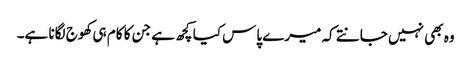
وہ بھی نہیں جانتے کہ میرے پاس کیا کچھ ہے جن کا کام ہی کھوج لگانا ہے۔